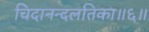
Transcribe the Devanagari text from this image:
चिदानन्दलतिका॥६॥